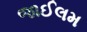
જાઈલમ